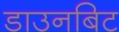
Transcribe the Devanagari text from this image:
डाउनबिट